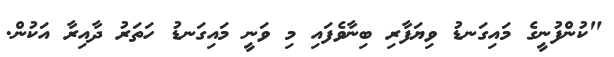
"ކުންފުނީގެ މައިގަނޑު ވިޔަފާރި ބިނާވެފައި މި ވަނީ މައިގަނޑު ހަތަރު ދާއިރާ އަކުން.